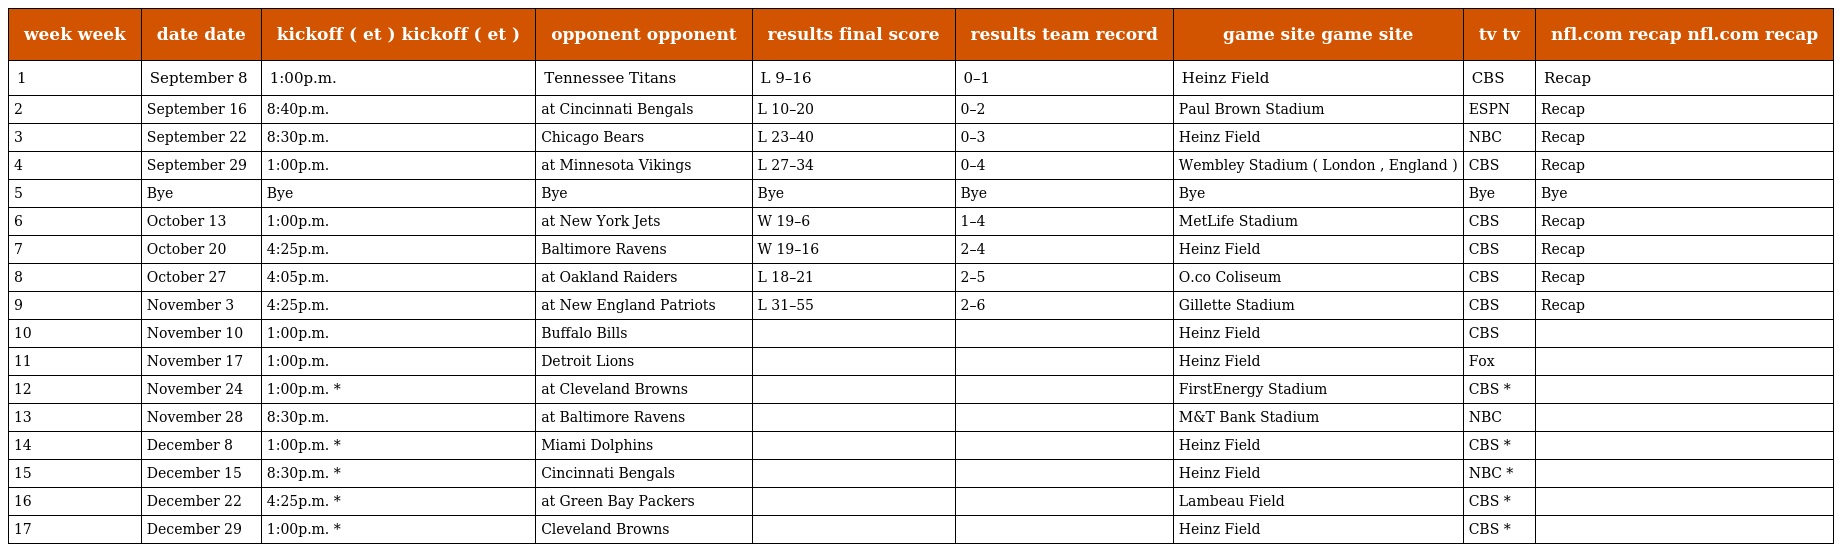
| week week | date date | kickoff ( et ) kickoff ( et ) | opponent opponent | results final score | results team record | game site game site | tv tv | nfl.com recap nfl.com recap |
 | --- | --- | --- | --- | --- | --- | --- | --- | --- |
 | 1 | September 8 | 1:00p.m. | Tennessee Titans | L 9–16 | 0–1 | Heinz Field | CBS | Recap |
 | 2 | September 16 | 8:40p.m. | at Cincinnati Bengals | L 10–20 | 0–2 | Paul Brown Stadium | ESPN | Recap |
 | 3 | September 22 | 8:30p.m. | Chicago Bears | L 23–40 | 0–3 | Heinz Field | NBC | Recap |
 | 4 | September 29 | 1:00p.m. | at Minnesota Vikings | L 27–34 | 0–4 | Wembley Stadium ( London , England ) | CBS | Recap |
 | 5 | Bye | Bye | Bye | Bye | Bye | Bye | Bye | Bye |
 | 6 | October 13 | 1:00p.m. | at New York Jets | W 19–6 | 1–4 | MetLife Stadium | CBS | Recap |
 | 7 | October 20 | 4:25p.m. | Baltimore Ravens | W 19–16 | 2–4 | Heinz Field | CBS | Recap |
 | 8 | October 27 | 4:05p.m. | at Oakland Raiders | L 18–21 | 2–5 | O.co Coliseum | CBS | Recap |
 | 9 | November 3 | 4:25p.m. | at New England Patriots | L 31–55 | 2–6 | Gillette Stadium | CBS | Recap |
 | 10 | November 10 | 1:00p.m. | Buffalo Bills |  |  | Heinz Field | CBS |  |
 | 11 | November 17 | 1:00p.m. | Detroit Lions |  |  | Heinz Field | Fox |  |
 | 12 | November 24 | 1:00p.m. * | at Cleveland Browns |  |  | FirstEnergy Stadium | CBS * |  |
 | 13 | November 28 | 8:30p.m. | at Baltimore Ravens |  |  | M&T Bank Stadium | NBC |  |
 | 14 | December 8 | 1:00p.m. * | Miami Dolphins |  |  | Heinz Field | CBS * |  |
 | 15 | December 15 | 8:30p.m. * | Cincinnati Bengals |  |  | Heinz Field | NBC * |  |
 | 16 | December 22 | 4:25p.m. * | at Green Bay Packers |  |  | Lambeau Field | CBS * |  |
 | 17 | December 29 | 1:00p.m. * | Cleveland Browns |  |  | Heinz Field | CBS * |  |